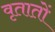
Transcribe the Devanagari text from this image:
वृतातों